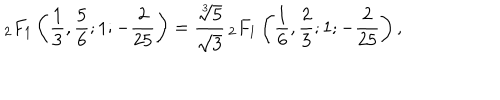
_ { 2 } F _ { 1 } \left( { \frac { 1 } { 3 } } , { \frac { 5 } { 6 } } ; 1 ; { - \frac { 2 } { 2 5 } } \right) = \frac { \sqrt [ [object Object] ] ] { 5 } } { \sqrt { 3 } } { \, } _ { 2 } F _ { 1 } \left( { \frac { 1 } { 6 } } , { \frac { 2 } { 3 } } ; 1 ; { - \frac { 2 } { 2 5 } } \right) ,